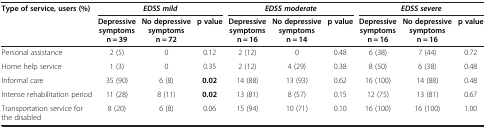
| <ROWSPAN=2> Type of service, users (%) | <COLSPAN=3> EDSS mild | <COLSPAN=3> EDSS moderate | <COLSPAN=3> EDSS severe |
 | Depressive symptoms n = 39 | No depressive symptoms n = 72 | p value | Depressive symptoms n = 16 | No depressive symptoms n = 14 | p value | Depressive symptoms n = 16 | No depressive symptoms n = 16 | p value |
 | --- | --- | --- | --- | --- | --- | --- | --- | --- | --- |
 | Personal assistance | 2 (5) | 0 | 0.12 | 2 (12) | 0 | 0.48 | 6 (38) | 7 (44) | 0.72 |
 | Home help service | 1 (3) | 0 | 0.35 | 2 (12) | 4 (29) | 0.38 | 8 (50) | 6 (38) | 0.48 |
 | Informal care | 35 (90) | 6 (8) | 0.02 | 14 (88) | 13 (93) | 0.62 | 16 (100) | 14 (88) | 0.48 |
 | Intense rehabilitation period | 11 (28) | 8 (11) | 0.02 | 13 (81) | 8 (57) | 0.15 | 12 (75) | 13 (81) | 0.67 |
 | Transportation service for the disabled | 8 (20) | 6 (8) | 0.06 | 15 (94) | 10 (71) | 0.10 | 16 (100) | 16 (100) | 1.00 |